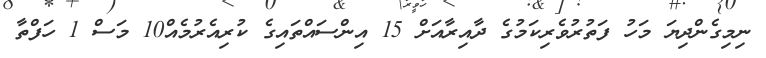
ނިމިގެންދިޔަ މަހު ފަތުރުވެރިކަމުގެ ދާއިރާއަށް 15 އިންސައްތައިގެ ކުރިއެރުމެއް10 މަސް 1 ހަފްތާ